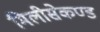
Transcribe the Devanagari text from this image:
मिलीसेकण्ड